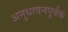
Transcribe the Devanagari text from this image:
अनुधावनपूर्वक